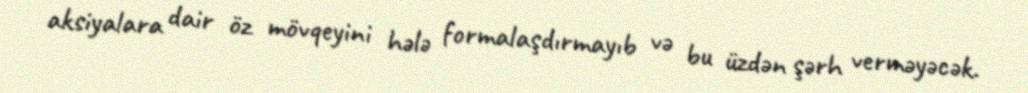
aksiyalara dair öz mövqeyini hələ formalaşdırmayıb və bu üzdən şərh verməyəcək.